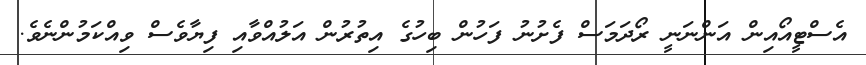
އެސްޓީއޯއިން އަންނަނީ ރޯދަމަސް ފެށުނު ފަހުން ބިހުގެ އިތުރުން އަލުއްވާއި ފިޔާވެސް ވިއްކަމުންނެވެ.